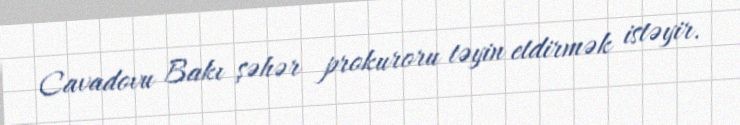
Cavadovu Bakı şəhər prokuroru təyin etdirmək istəyir.